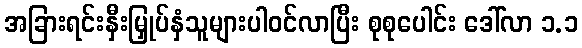
အခြားရင်းနှီးမြှုပ်နှံသူများပါဝင်လာပြီး စုစုပေါင်း ဒေါ်လာ ၁.၁